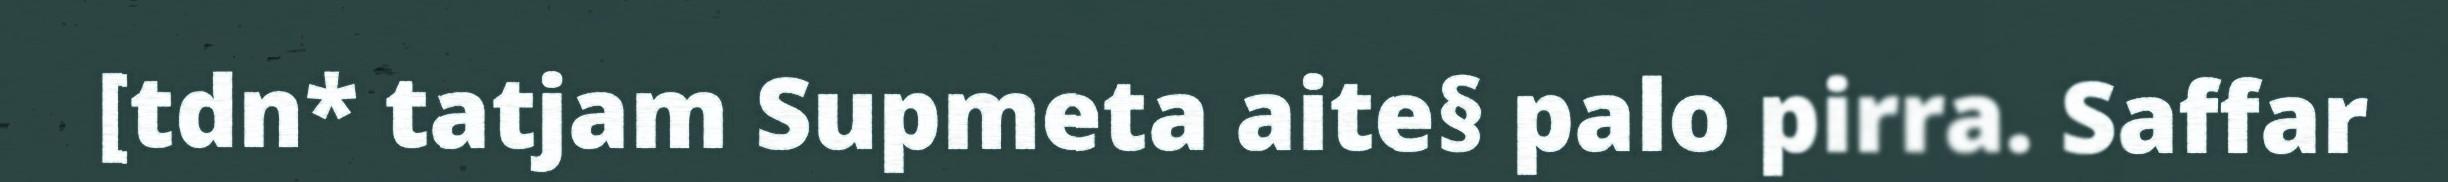
[tdn* tatjam Supmeta aite§ palo pirra. Saffar